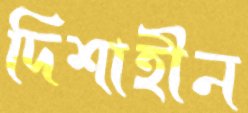
দিশাহীন